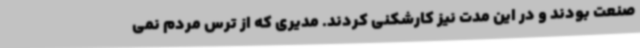
صنعت بودند و در این مدت نیز کارشکنی کردند. مدیری که از ترس مردم نمی